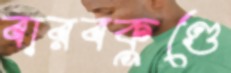
বারবকুণ্ডে